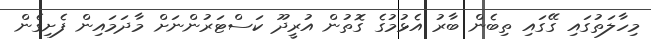
މިހާލަތުގައި ގޭގައި ތިބެން ބާރު އެޅުމުގެ ގޮތުން އުރީދޫ ކަސްޓަރުންނަށް މާދަމައިން ފެށިގެން